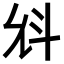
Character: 𣁭